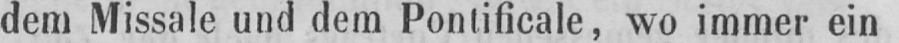
dem Missale und dem Pontificale, wo immer ein